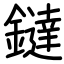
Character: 鐽